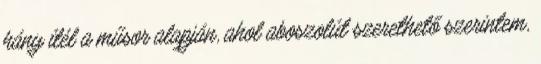
hány ítél a műsor alapján, ahol aboszolút szerethető szerintem,